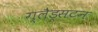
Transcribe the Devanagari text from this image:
ग्लैड्सटन